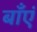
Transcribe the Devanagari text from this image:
बाँएं